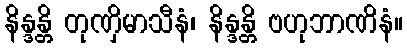
နိန္ဒန္တိ တုဏှိမာသီနံ၊ နိန္ဒန္တိ ဗဟုဘာဏိနံ။